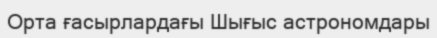
Орта ғасырлардағы Шығыс астрономдары